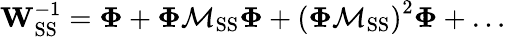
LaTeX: \mathbf{W}_{\mathrm{SS}}^{-1}=\mathbf{\Phi}+\mathbf{\Phi}\mathbf{\mathcal{M}}_{\mathrm{SS}}\mathbf{\Phi}+\left(\mathbf{\Phi}\mathbf{\mathcal{M}}_{\mathrm{SS}}\right)^{2}\mathbf{\Phi}+\dots